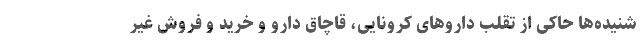
شنیده‌ها حاکی از تقلب داروهای کرونایی، قاچاق دارو و خرید و فروش غیر